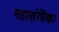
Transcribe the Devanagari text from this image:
महासंघिका